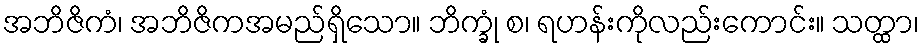
အဘိဇိကံ၊ အဘိဇိကအမည်ရှိသော။ ဘိက္ခုံ စ၊ ရဟန်းကိုလည်းကောင်း။ သတ္ထာ၊